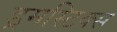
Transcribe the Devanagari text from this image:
ड्रमस्टिक्स